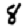
Digit: 8